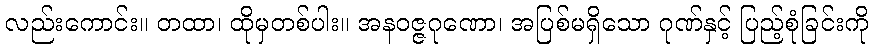
လည်းကောင်း။ တထာ၊ ထိုမှတစ်ပါး။ အနဝဇ္ဇဂုဏော၊ အပြစ်မရှိသော ဂုဏ်နှင့် ပြည့်စုံခြင်းကို